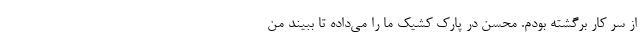
از سر کار برگشته بودم. محسن در پارک کشیک ما را می‌داده تا ببیند من